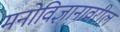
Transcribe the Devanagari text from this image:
मनोविज्ञानावरील